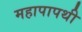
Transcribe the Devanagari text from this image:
महापापथी